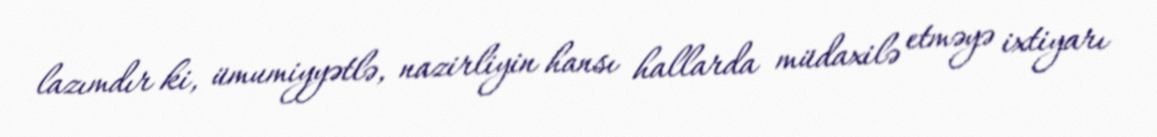
lazımdır ki, ümumiyyətlə, nazirliyin hansı hallarda müdaxilə etməyə ixtiyarı